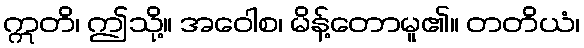
ဣတိ၊ ဤသို့။ အဝေါစ၊ မိန့်တောမူ၏။ တတိယံ၊